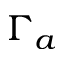
\Gamma _ { a }